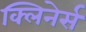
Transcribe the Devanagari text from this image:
क्लिनेर्स